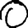
Digit: 0